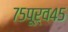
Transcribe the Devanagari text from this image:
७५पूर्व४५